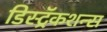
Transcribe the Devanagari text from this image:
डिस्ट्रॅकशन्स